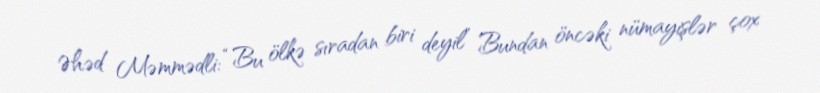
Əhəd Məmmədli: “Bu ölkə sıradan biri deyil” Bundan öncəki nümayişlər çox